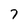
Character: 7